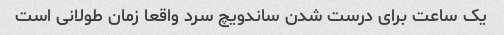
یک ساعت برای درست شدن ساندویچ سرد واقعا زمان طولانی است